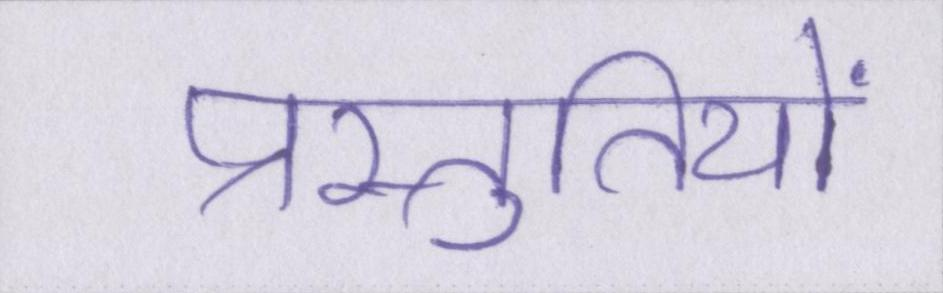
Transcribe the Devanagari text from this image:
प्रस्तुतियों